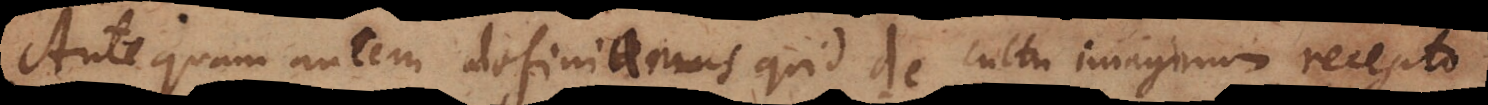
Antequam autem definiamus quid de cultu imaginum recepto